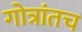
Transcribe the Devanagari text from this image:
गोत्रांतच